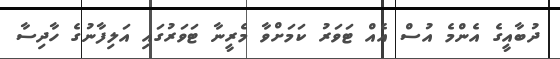
ދުބާއީގެ އެންމެ އުސް އެއް ޓަވަރު ކަމަށްވާ މެރީނާ ޓަވަރުގައި އަލިފާނުގެ ހާދިސާ